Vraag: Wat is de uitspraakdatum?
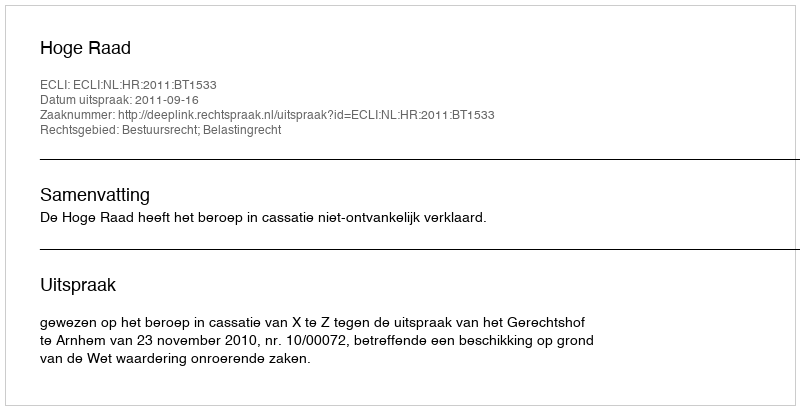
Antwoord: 2011-09-16